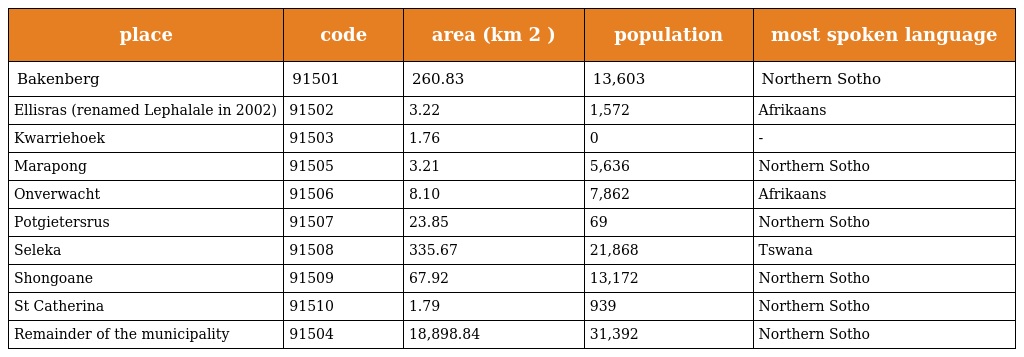
| place | code | area (km 2 ) | population | most spoken language |
 | --- | --- | --- | --- | --- |
 | Bakenberg | 91501 | 260.83 | 13,603 | Northern Sotho |
 | Ellisras (renamed Lephalale in 2002) | 91502 | 3.22 | 1,572 | Afrikaans |
 | Kwarriehoek | 91503 | 1.76 | 0 | - |
 | Marapong | 91505 | 3.21 | 5,636 | Northern Sotho |
 | Onverwacht | 91506 | 8.10 | 7,862 | Afrikaans |
 | Potgietersrus | 91507 | 23.85 | 69 | Northern Sotho |
 | Seleka | 91508 | 335.67 | 21,868 | Tswana |
 | Shongoane | 91509 | 67.92 | 13,172 | Northern Sotho |
 | St Catherina | 91510 | 1.79 | 939 | Northern Sotho |
 | Remainder of the municipality | 91504 | 18,898.84 | 31,392 | Northern Sotho |